Investigations into the jail dietaries of the United Provinces with some observations on the influence of dietary on the physical development and well-being of the people of the United Provinces - Number 48
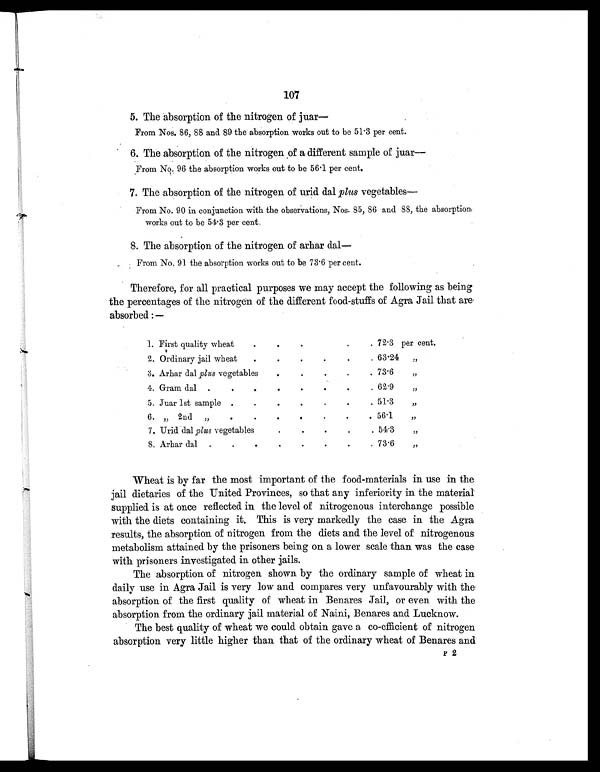
107
5. The absorption of the nitrogen of juar
—
From Nos. 86, 88 and 89 the absorption works out to be 51.3 per cent.
6. The absorption of the nitrogen of a different sample of juar
—
From No. 96 the absorption works out to be 56.1 per cent.
7. The absorption of the nitrogen of urid dal plus vegetables—
From No. 90 in conjunction with the observations, Nos. 85, 86 and 88, the absorption
works out to be 54.3 per cent.
8. The absorption of the nitrogen of arhar dal
—
From No. 91 the absorption works out to be 73.6 per cent.
Therefore, for all practical purposes we may accept the following as being
the percentages of the nitrogen of the different food-stuffs of Agra Jail that are
absorbed:—
1. First quality wheat
.
.
.
.
. 72.3 per cent.
2. Ordinary jail wheat
.
.
.
.
.
. 63.24
„
3. Arhar dal plus vegetables
.
.
.
.
. 73.6
„
4. Gram dal .
.
.
.
.
.
.
. 62.9
„
5. Juar 1st sample .
.
.
.
.
.
. 51.3
„
6. „ 2nd „
.
.
.
.
.
.
. 56.1
„
7. Urid dal plus vegetables
.
.
.
.
. 54.3
„
8. Arhar dal .
.
.
.
.
.
.
. 73.6
„
Wheat is by far the most important of the food-materials in use in the
jail dietaries of the United Provinces, so that any inferiority in the material
supplied is at once reflected in the level of nitrogenous interchange possible
with the diets containing it. This is very markedly the case in the Agra
results, the absorption of nitrogen from the diets and the level of nitrogenous
metabolism attained by the prisoners being on a lower scale than was the case
with prisoners investigated in other jails.
The absorption of nitrogen shown by the ordinary sample of wheat in
daily use in Agra Jail is very low and compares very unfavourably with the
absorption of the first quality of wheat in Benares Jail, or even with the
absorption from the ordinary jail material of Naini, Benares and Lucknow.
The best quality of wheat we could obtain gave a co-efficient of nitrogen
absorption very little higher than that of the ordinary wheat of Benares and
P 2